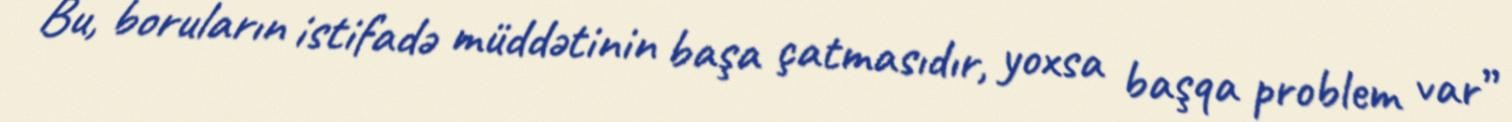
Bu, boruların istifadə müddətinin başa çatmasıdır, yoxsa başqa problem var”